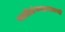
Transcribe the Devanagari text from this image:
नाडीग्रंथशास्त्राची